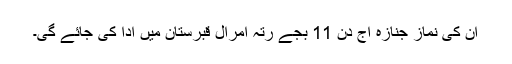
ان کی نماز جنازہ آج دن 11 بجے رتہ امرال قبرستان میں ادا کی جائے گی۔